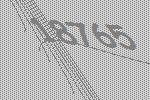
18765